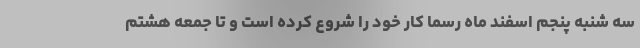
سه شنبه پنجم اسفند ماه رسما کار خود را شروع کرده است و تا جمعه هشتم